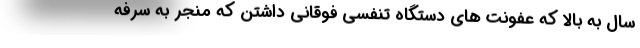
سال به بالا که عفونت های دستگاه تنفسی فوقانی داشتن که منجر به سرفه